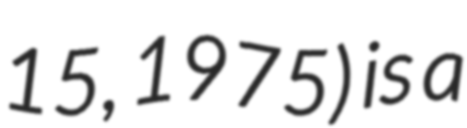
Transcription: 15, 1975) is a